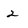
Character: 2